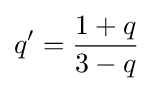
q'={{1+q} \over {3-q}}